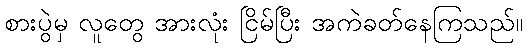
စားပွဲမှ လူတွေ အားလုံး ငြိမ်ပြီး အကဲခတ်နေကြသည်။